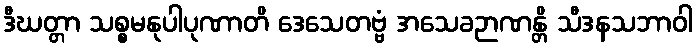
ဒီဃတ္တာ သစ္စမနုပါပုဏာတိ ဒေသေတဗ္ဗံ အသေခဉာဏန္တိ သီဒနသဘာဝါ